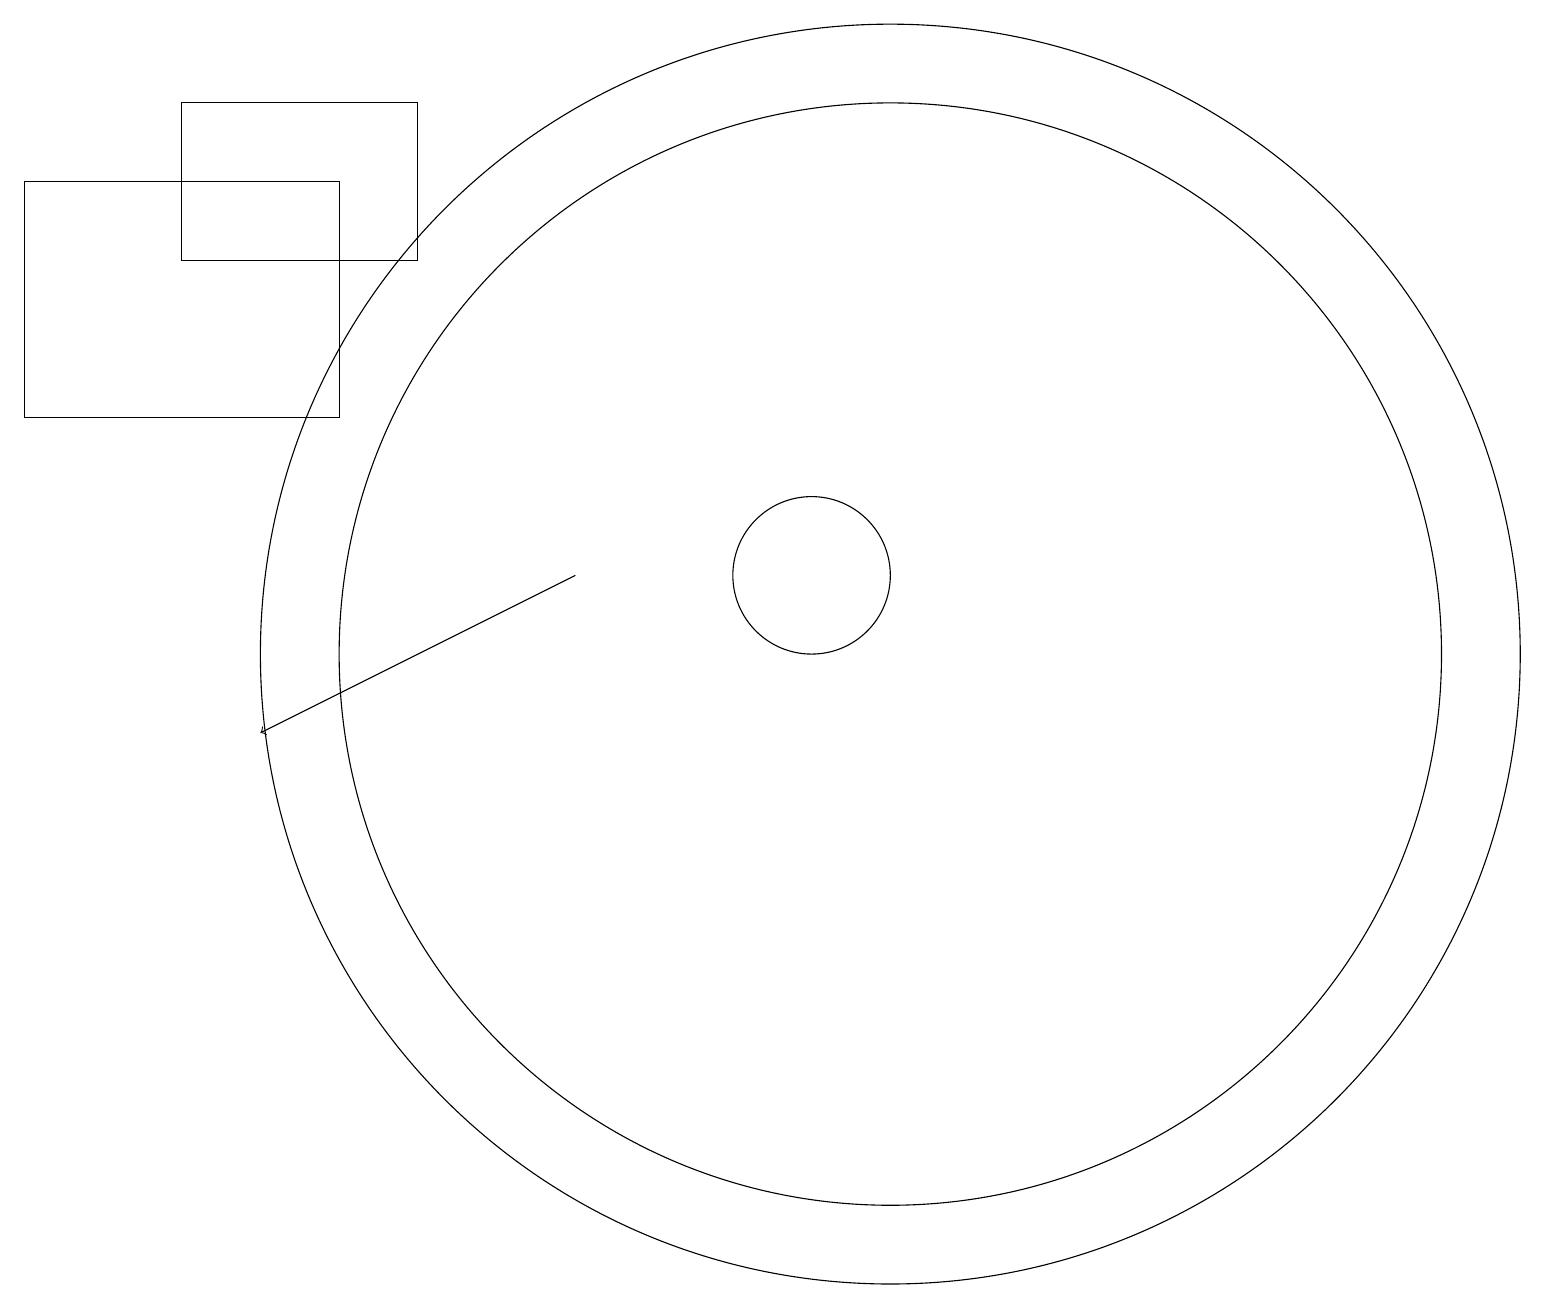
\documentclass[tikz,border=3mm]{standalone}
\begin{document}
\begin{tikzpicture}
\draw (12,11) circle (7);
\draw (11,12) circle (1);
\draw (1,17) rectangle (5,14);
\draw[->] (8,12) -- (4,10);
\draw (12,11) circle (8);
\draw (6,16) rectangle (3,18);
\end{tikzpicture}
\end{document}